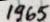
1965